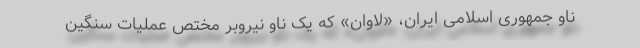
ناو جمهوری اسلامی ایران، «لاوان» که یک ناو نیروبر مختص عملیات سنگین